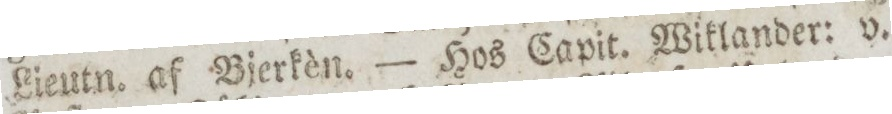
Lieutn. af Bjerkèn. — Hos Capit. Wiklander: v.